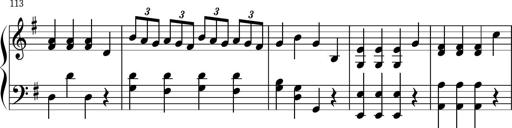
Title: Keyboard Sonatina in G
Composer: Michael Pogudin
Key: G major